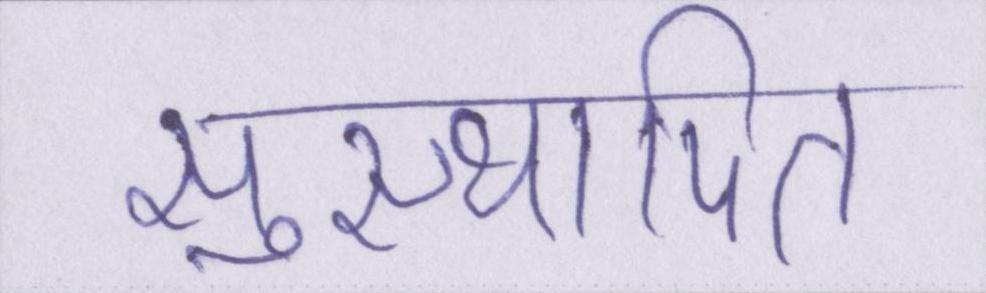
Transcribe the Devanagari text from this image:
सुस्थापित